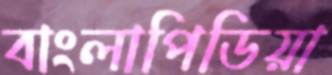
বাংলাপিডিয়া